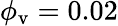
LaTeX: \phi_{\mathrm{v}}=0.02